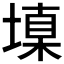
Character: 𰊝